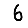
Digit: 6